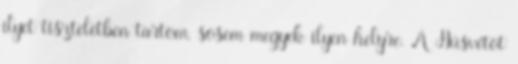
ilyet tiszteletben tartom, sosem megyek ilyen helyre. A Húsvétot